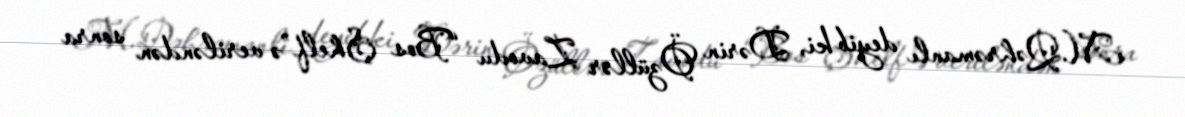
M.Qəhrəmanlı deyib ki, Dərin Özüllər Zavodu “Bos Şhelf”ə veriləndən sonra